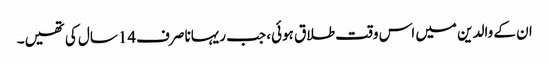
ان کے والدین میں اس وقت طلاق ہوئی، جب ریہانا صرف14سال کی تھیں۔